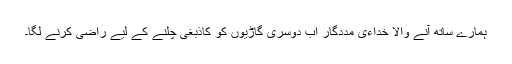
ہمارے ساتھ آنے والا خداءی مددگار اب دوسری گاڑیوں کو کاذبغی چلنے کے لیے راضی کرنے لگا۔